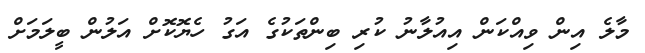
މާލެ އިން ވިއްކަން އިއުލާނު ކުރި ބިންތަކުގެ އަގު ހެޔޮކޮށް އަލުން ބީލަމަށް